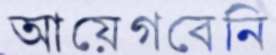
আয়েগবেনি